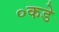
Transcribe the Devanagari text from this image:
०कडे